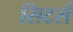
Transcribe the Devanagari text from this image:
सिटर्स